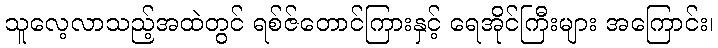
သူလေ့လာသည့်အထဲတွင် ရစ်ဇ်တောင်ကြားနှင့် ရေအိုင်ကြီးများ အကြောင်း၊